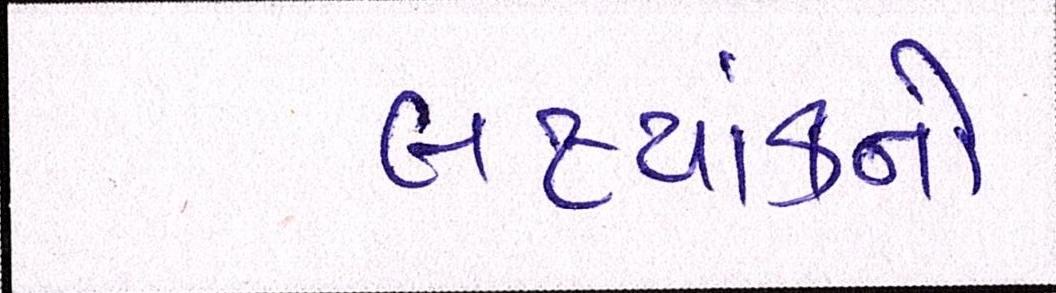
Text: લક્ષ્યાંકનો